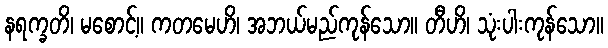
နရက္ခတိ၊ မစောင့်။ ကတမေဟိ၊ အဘယ်မည်ကုန်သော။ တီဟိ၊ သုံးပါးကုန်သော။